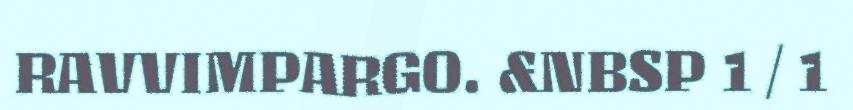
RAVVIMPARGO. &NBSP 1 / 1